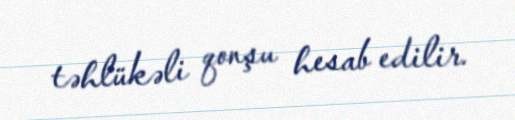
təhlükəli qonşu hesab edilir.